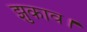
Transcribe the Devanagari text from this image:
झुकाव।